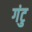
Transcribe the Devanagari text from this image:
गंटु